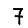
Digit: 7